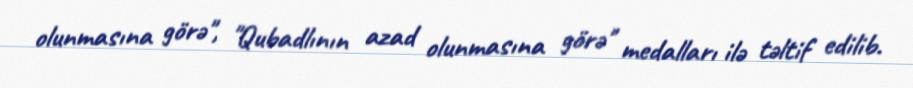
olunmasına görə", "Qubadlının azad olunmasına görə" medalları ilə təltif edilib.